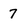
Character: 7